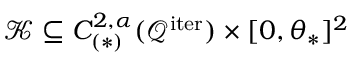
\mathcal { K } \subseteq C _ { ( \ast ) } ^ { 2 , \alpha } ( \mathcal { Q } ^ { \mathrm { i t e r } } ) \times [ 0 , \theta _ { \ast } ] ^ { 2 }